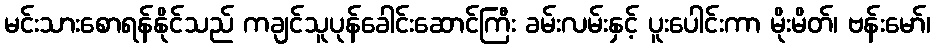
မင်းသားစောရန်နိုင်သည် ကချင်သူပုန်ခေါင်းဆောင်ကြီး ခမ်းလမ်းနှင့် ပူးပေါင်းကာ မိုးမိတ်၊ ဗန်းမော်၊